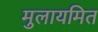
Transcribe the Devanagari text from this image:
मुलायमित